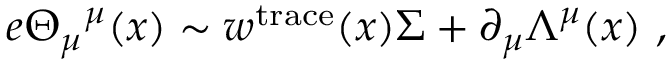
e \Theta _ { \mu } { } ^ { \mu } ( x ) \sim w ^ { \mathrm { t r a c e } } ( x ) \Sigma + \partial _ { \mu } \Lambda ^ { \mu } ( x ) \ ,